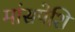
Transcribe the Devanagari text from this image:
मांसपेशि